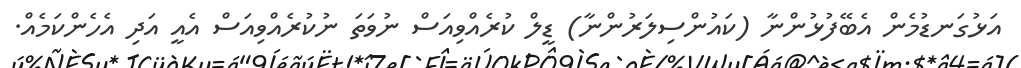
އަޅުގަނޑުމެން އެބޭފުޅުންނާ (ކައުންސިލަރުންނާ) ޑީލް ކުރެއްވިއަސް ނުވަތަ ނުކުރެއްވިއަސް އެއީ އަދި އެހެންކަމެއް.